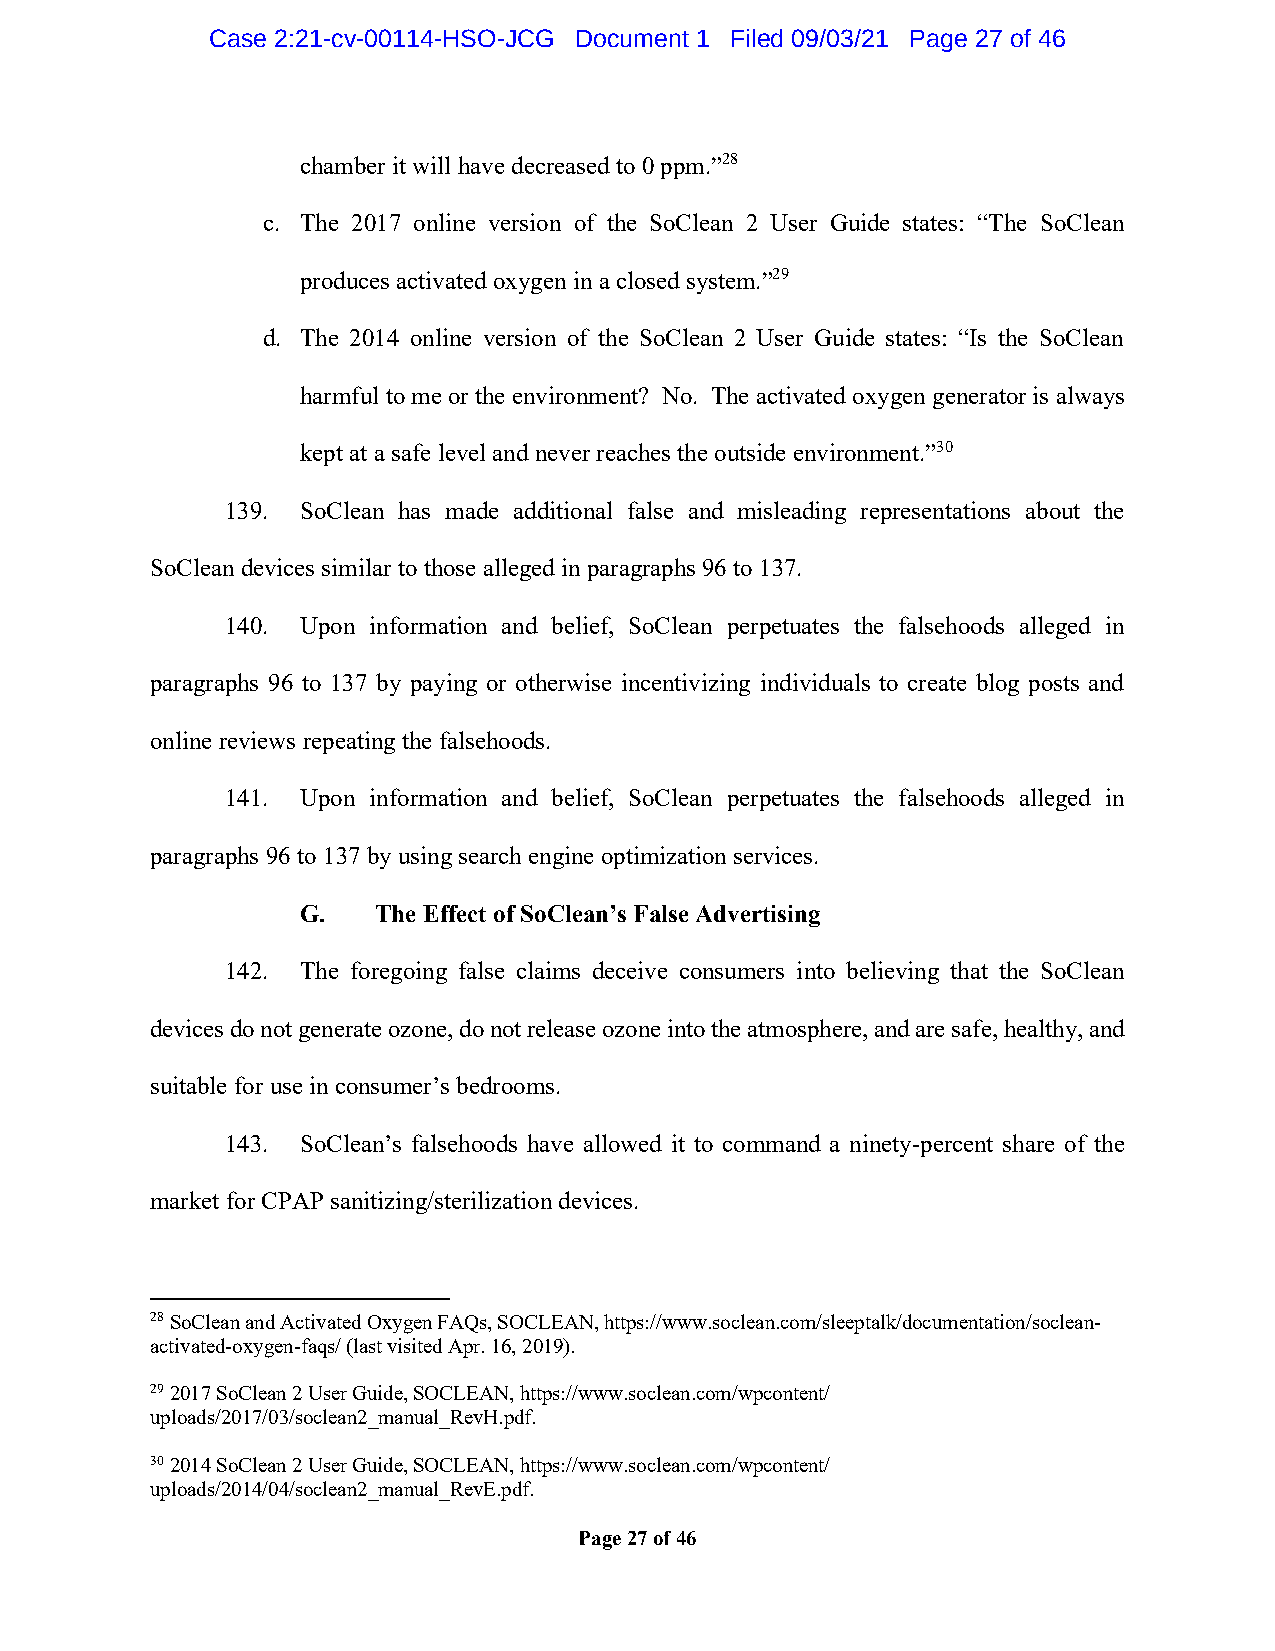
Case 2:21-cv-00114-HSO-JCG Document 1 Filed 09/03/21 Page 27 of 46
 chamber it will have decreased to 0 ppm.”28
 c. The 2017 online version of the SoClean 2 User Guide states: “The SoClean
 produces activated oxygen in a closed system.”29
 d. The 2014 online version of the SoClean 2 User Guide states: “Is the SoClean
 harmful to me or the environment? No. The activated oxygen generator is always
 kept at a safe level and never reaches the outside environment.”30
 139. SoClean has made additional false and misleading representations about the
 SoClean devices similar to those alleged in paragraphs 96 to 137.
 140. Upon information and belief, SoClean perpetuates the falsehoods alleged in
 paragraphs 96 to 137 by paying or otherwise incentivizing individuals to create blog posts and
 online reviews repeating the falsehoods.
 141. Upon information and belief, SoClean perpetuates the falsehoods alleged in
 paragraphs 96 to 137 by using search engine optimization services.
 G.   The Effect of SoClean’s False Advertising
 142. The foregoing false claims deceive consumers into believing that the SoClean
 devices do not generate ozone, do not release ozone into the atmosphere, and are safe, healthy, and
 suitable for use in consumer’s bedrooms.
 143. SoClean’s falsehoods have allowed it to command a ninety-percent share of the
 market for CPAP sanitizing/sterilization devices.
 28 SoClean and Activated Oxygen FAQs, SOCLEAN, https://www.soclean.com/sleeptalk/documentation/soclean-
 activated-oxygen-faqs/ (last visited Apr. 16, 2019).
 29 2017 SoClean 2 User Guide, SOCLEAN, https://www.soclean.com/wpcontent/
 uploads/2017/03/soclean2_manual_RevH.pdf.
 30 2014 SoClean 2 User Guide, SOCLEAN, https://www.soclean.com/wpcontent/
 uploads/2014/04/soclean2_manual_RevE.pdf.
 Page 27 of 46